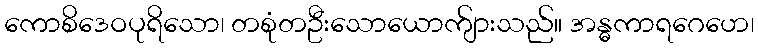
ကောစိဒေဝပုရိသော၊ တစုံတဦးသောယောက်ျားသည်။ အန္ဓကာရဂေဟေ၊